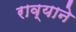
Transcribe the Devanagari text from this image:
राव्याने